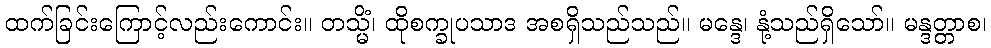
ထက်ခြင်းကြောင့်လည်းကောင်း။ တသ္မိံ၊ ထိုစက္ခုပသာဒ အစရှိသည်သည်။ မန္ဒေ၊ နုံ့သည်ရှိသော်။ မန္ဒတ္တာစ၊